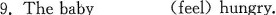
9.The baby__(feel)hungry。